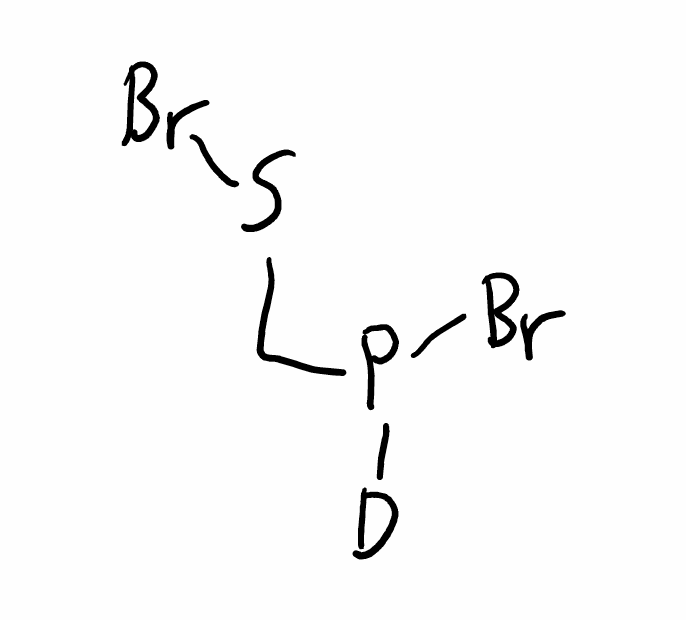
Simplified molecular-input line-entry system (SMILES) notation of the given molecule:
[2H]P(CSBr)Br